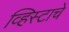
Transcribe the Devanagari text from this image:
व्हिस्टाचे